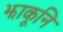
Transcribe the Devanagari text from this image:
झाकूनि